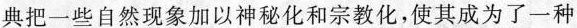
典把一些自然现象加以神秘化和宗教化，使其成为了一种